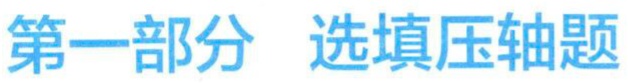
第一部分 选填压轴题